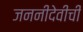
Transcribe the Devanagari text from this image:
जननीदेवीची